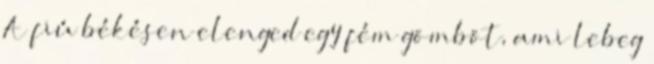
A fiú békésen elenged egy fém gömböt, ami lebeg